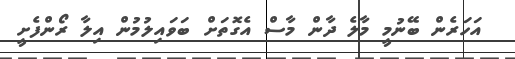
އަހަރެން ބޭނުމީ މާލެ ދާން މާސް އެގޮތަށް ބަވައިލުމުން އިލާ ރޯންފެށީ